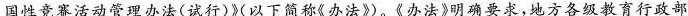
国性竞赛活动管理办法(试行)》(以下简称《办法》)。《办法》明确要求，地方各级教育行政部门